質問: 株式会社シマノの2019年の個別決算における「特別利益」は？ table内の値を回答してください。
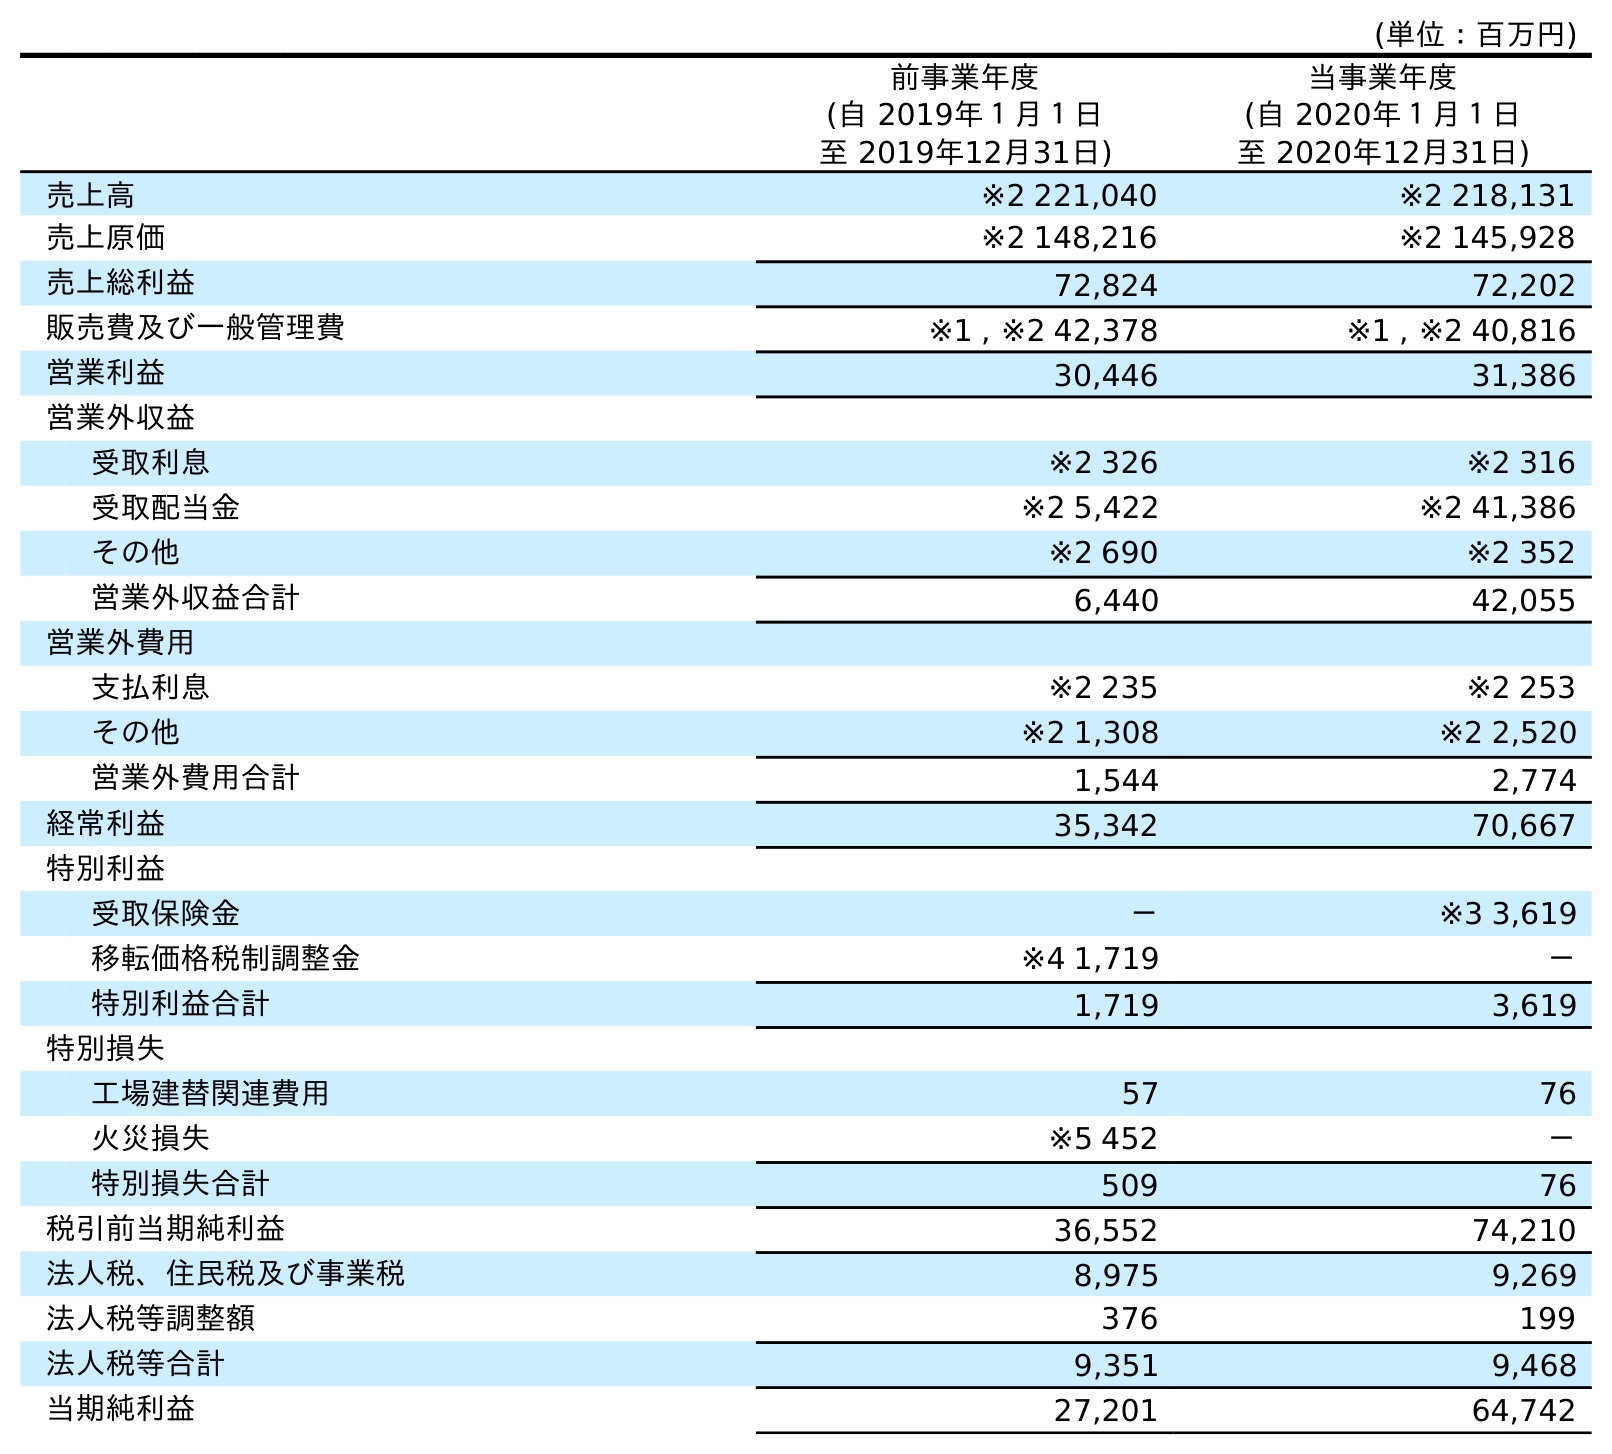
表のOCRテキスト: (単位：百万円) 前事業年度 (自 2019年１月１日 至 2019年12月31日) 当事業年度 (自 2020年１月１日 至 2020年12月31日) 売上高 ※2 221,040 ※2 218,131 売上原価 ※2 148,216 ※2 145,928 売上総利益 72,824 72,202 販売費及び一般管理費 ※1 , ※2 42,378 ※1 , ※2 40,816 営業利益 30,446 31,386 営業外収益 受取利息 ※2 326 ※2 316 受取配当金 ※2 5,422 ※2 41,386 その他 ※2 690 ※2 352 営業外収益合計 6,440 42,055 営業外費用 支払利息 ※2 235 ※2 253 その他 ※2 1,308 ※2 2,520 営業外費用合計 1,544 2,774 経常利益 35,342 70,667 特別利益 受取保険金 － ※3 3,619 移転価格税制調整金 ※4 1,719 － 特別利益合計 1,719 3,619 特別損失 工場建替関連費用 57 76 火災損失 ※5 452 － 特別損失合計 509 76 税引前当期純利益 36,552 74,210 法人税、住民税及び事業税 8,975 9,269 法人税等調整額 376 199 法人税等合計 9,351 9,468 当期純利益 27,201 64,742
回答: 1,719